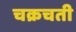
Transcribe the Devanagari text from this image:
चक्रचती